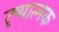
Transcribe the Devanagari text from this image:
दृष्यात्मक